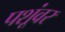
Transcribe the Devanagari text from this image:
पशूंवर